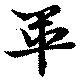
畢